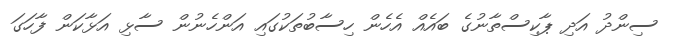
ސިންދު އަދި ޕާކިސްތާނުގެ ބައެއް އެހެން ހިސާބުތަކުގައި އަންހެނުން ސާޅި އަޅާކަން ފާހަގަ